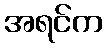
အရင်က